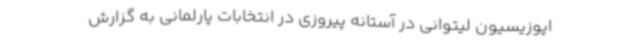
اپوزیسیون لیتوانی در آستانه پیروزی در انتخابات پارلمانی به گزارش